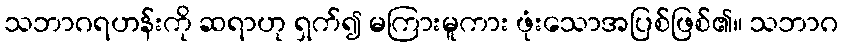
သဘာဂရဟန်းကို ဆရာဟု ရှက်၍ မကြားမူကား ဖုံးသောအပြစ်ဖြစ်၏။ သဘာဂ